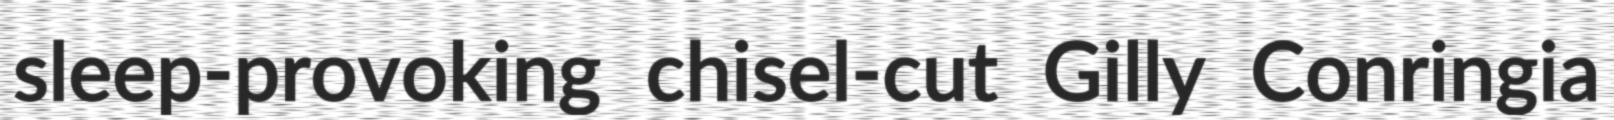
sleep-provoking chisel-cut Gilly Conringia